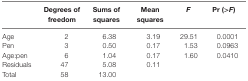
<table><thead><tr><td></td><td><b>Degrees of freedom</b></td><td><b>Sums of squares</b></td><td><b>Mean squares</b></td><td><b><i>F</i></b></td><td><b>Pr (&gt;<i>F</i>)</b></td></tr></thead><tbody><tr><td>Age</td><td>2</td><td>6.38</td><td>3.19</td><td>29.51</td><td>0.0001</td></tr><tr><td>Pen</td><td>3</td><td>0.50</td><td>0.17</td><td>1.53</td><td>0.0963</td></tr><tr><td>Age:pen</td><td>6</td><td>1.04</td><td>0.17</td><td>1.60</td><td>0.0410</td></tr><tr><td>Residuals</td><td>47</td><td>5.08</td><td>0.11</td><td></td><td></td></tr><tr><td>Total</td><td>58</td><td>13.00</td><td></td><td></td><td></td></tr></tbody></table>